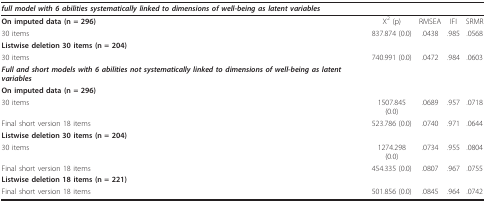
| full model with 6 abilities systematically linked to dimensions of well-being as latent variables |  |  |  |  |
 | --- | --- | --- | --- | --- |
 | On imputed data (n = 296) | Χ2 (p) | RMSEA | IFI | SRMR |
 | 30 items | 837.874 (0.0) | .0438 | .985 | .0568 |
 | Listwise deletion 30 items (n = 204) |  |  |  |  |
 | 30 items | 740.991 (0.0) | .0472 | .984 | .0603 |
 | Full and short models with 6 abilities not systematically linked to dimensions of well-being as latent variables |  |  |  |  |
 | On imputed data (n = 296) |  |  |  |  |
 | 30 items | 1507.845 (0.0) | .0689 | .957 | .0718 |
 | Final short version 18 items | 523.786 (0.0) | .0740 | .971 | .0644 |
 | Listwise deletion 30 items (n = 204) |  |  |  |  |
 | 30 items | 1274.298 (0.0) | .0734 | .955 | .0804 |
 | Final short version 18 items | 454.335 (0.0) | .0807 | .967 | .0755 |
 | Listwise deletion 18 items (n = 221) |  |  |  |  |
 | Final short version 18 items | 501.856 (0.0) | .0845 | .964 | .0742 |